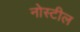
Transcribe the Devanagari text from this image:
नोस्टील